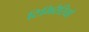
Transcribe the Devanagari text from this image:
टिमिरैरियो